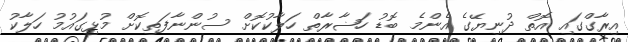
އިރާގްގައި އޮތް ދުނިޔޭގެ އެންމެ ބޮޑު ހަޟާރާތް ހަލާކުކޮށް ސުންނާފަތިކޮށް މުޅިގައުމު ހަލާކު